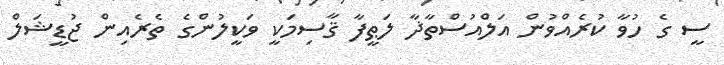
ސީ ގެ ހުވާ ކުރެއްވުން އަލްއުސްތާޛާ ލަޠީފާ ޤާސިމަކީ ވަކީލުންގެ ތެރެއިން ޖުޑީޝަލް